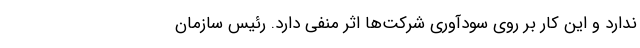
ندارد و این کار بر روی سودآوری شرکت‌ها اثر منفی دارد. رئیس سازمان